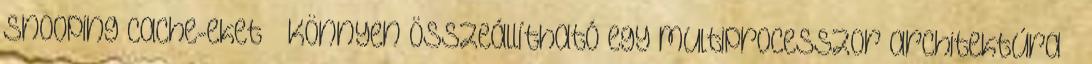
snooping cache-eket ● Könnyen összeállítható egy multiprocesszor architektúra ●